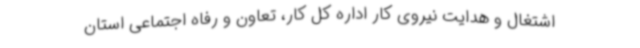
اشتغال و هدایت نیروی کار اداره کل کار، تعاون و رفاه اجتماعی استان